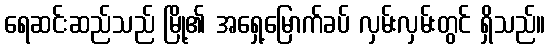
ရေဆင်းဆည်သည် မြို့၏ အရှေ့မြောက်ခပ် လှမ်းလှမ်းတွင် ရှိသည်။